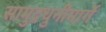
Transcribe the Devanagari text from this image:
सामुद्रधुनीमार्गे